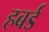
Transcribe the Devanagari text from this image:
हबर्ड